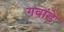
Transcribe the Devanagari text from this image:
गवांडे